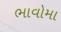
ભાવોમા